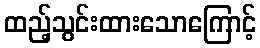
ထည့်သွင်းထားသောကြောင့်